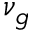
\nu _ { g }